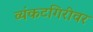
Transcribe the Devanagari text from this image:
व्यंकटगिरीवर